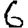
Digit: 6